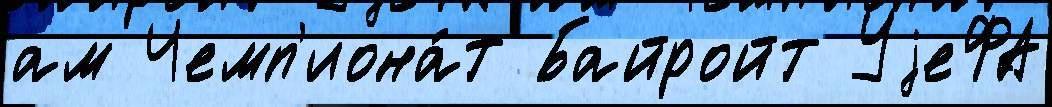
ам Чемп'иона́т Байройт УjеФА